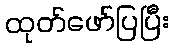
ထုတ်ဖော်ပြပြီး